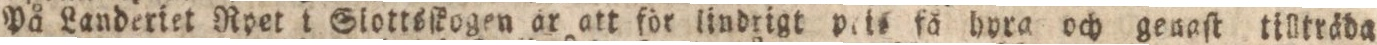
På Landeriet Ryet i Slottsſkogen är att för lindrigt Peis få hyra och genaſt tillträda